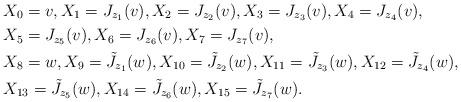
LaTeX: \begin{align*}&X_{0}=v,X_{1}=J_{z_1}(v),X_{2}=J_{z_2}(v),X_{3}=J_{z_3}(v),X_{4}=J_{z_4}(v),\\&X_{5}=J_{z_5}(v),X_{6}=J_{z_6}(v),X_{7}=J_{z_7}(v),\\&X_{8}= w, X_{9}=\tilde{J}_{z_1}(w),X_{10}=\tilde{J}_{z_2}(w),X_{11}=\tilde{J}_{z_3}(w),X_{12}=\tilde{J}_{z_4}(w),\\&X_{13}=\tilde{J}_{z_5}(w),X_{14}=\tilde{J}_{z_6}(w),X_{15}=\tilde{J}_{z_7}(w).\end{align*}